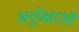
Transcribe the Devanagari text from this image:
अनुप्रेक्षाओं